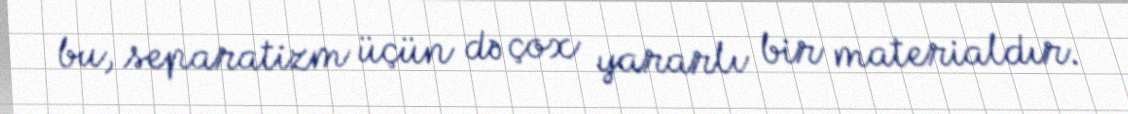
bu, separatizm üçün də çox yararlı bir materialdır.